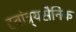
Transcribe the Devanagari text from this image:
स्वांत्र्यसैनिक